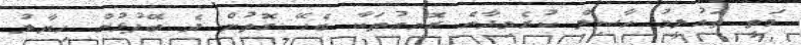
މަތީ ތައުލީމު ހާސިލް ކުރެވިދާނެ ރޮނގުތަކާ ބެހޭ ގޮތުން ދެ ބޭފުޅުން ހިޔާލު